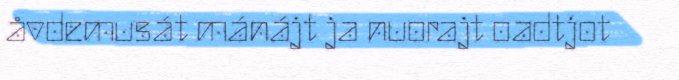
åvdemusát mánájt ja nuorajt oadtjot